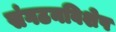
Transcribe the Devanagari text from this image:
संगठनविशेष